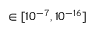
\in [ 1 0 ^ { - 7 } , 1 0 ^ { - 1 6 } ]